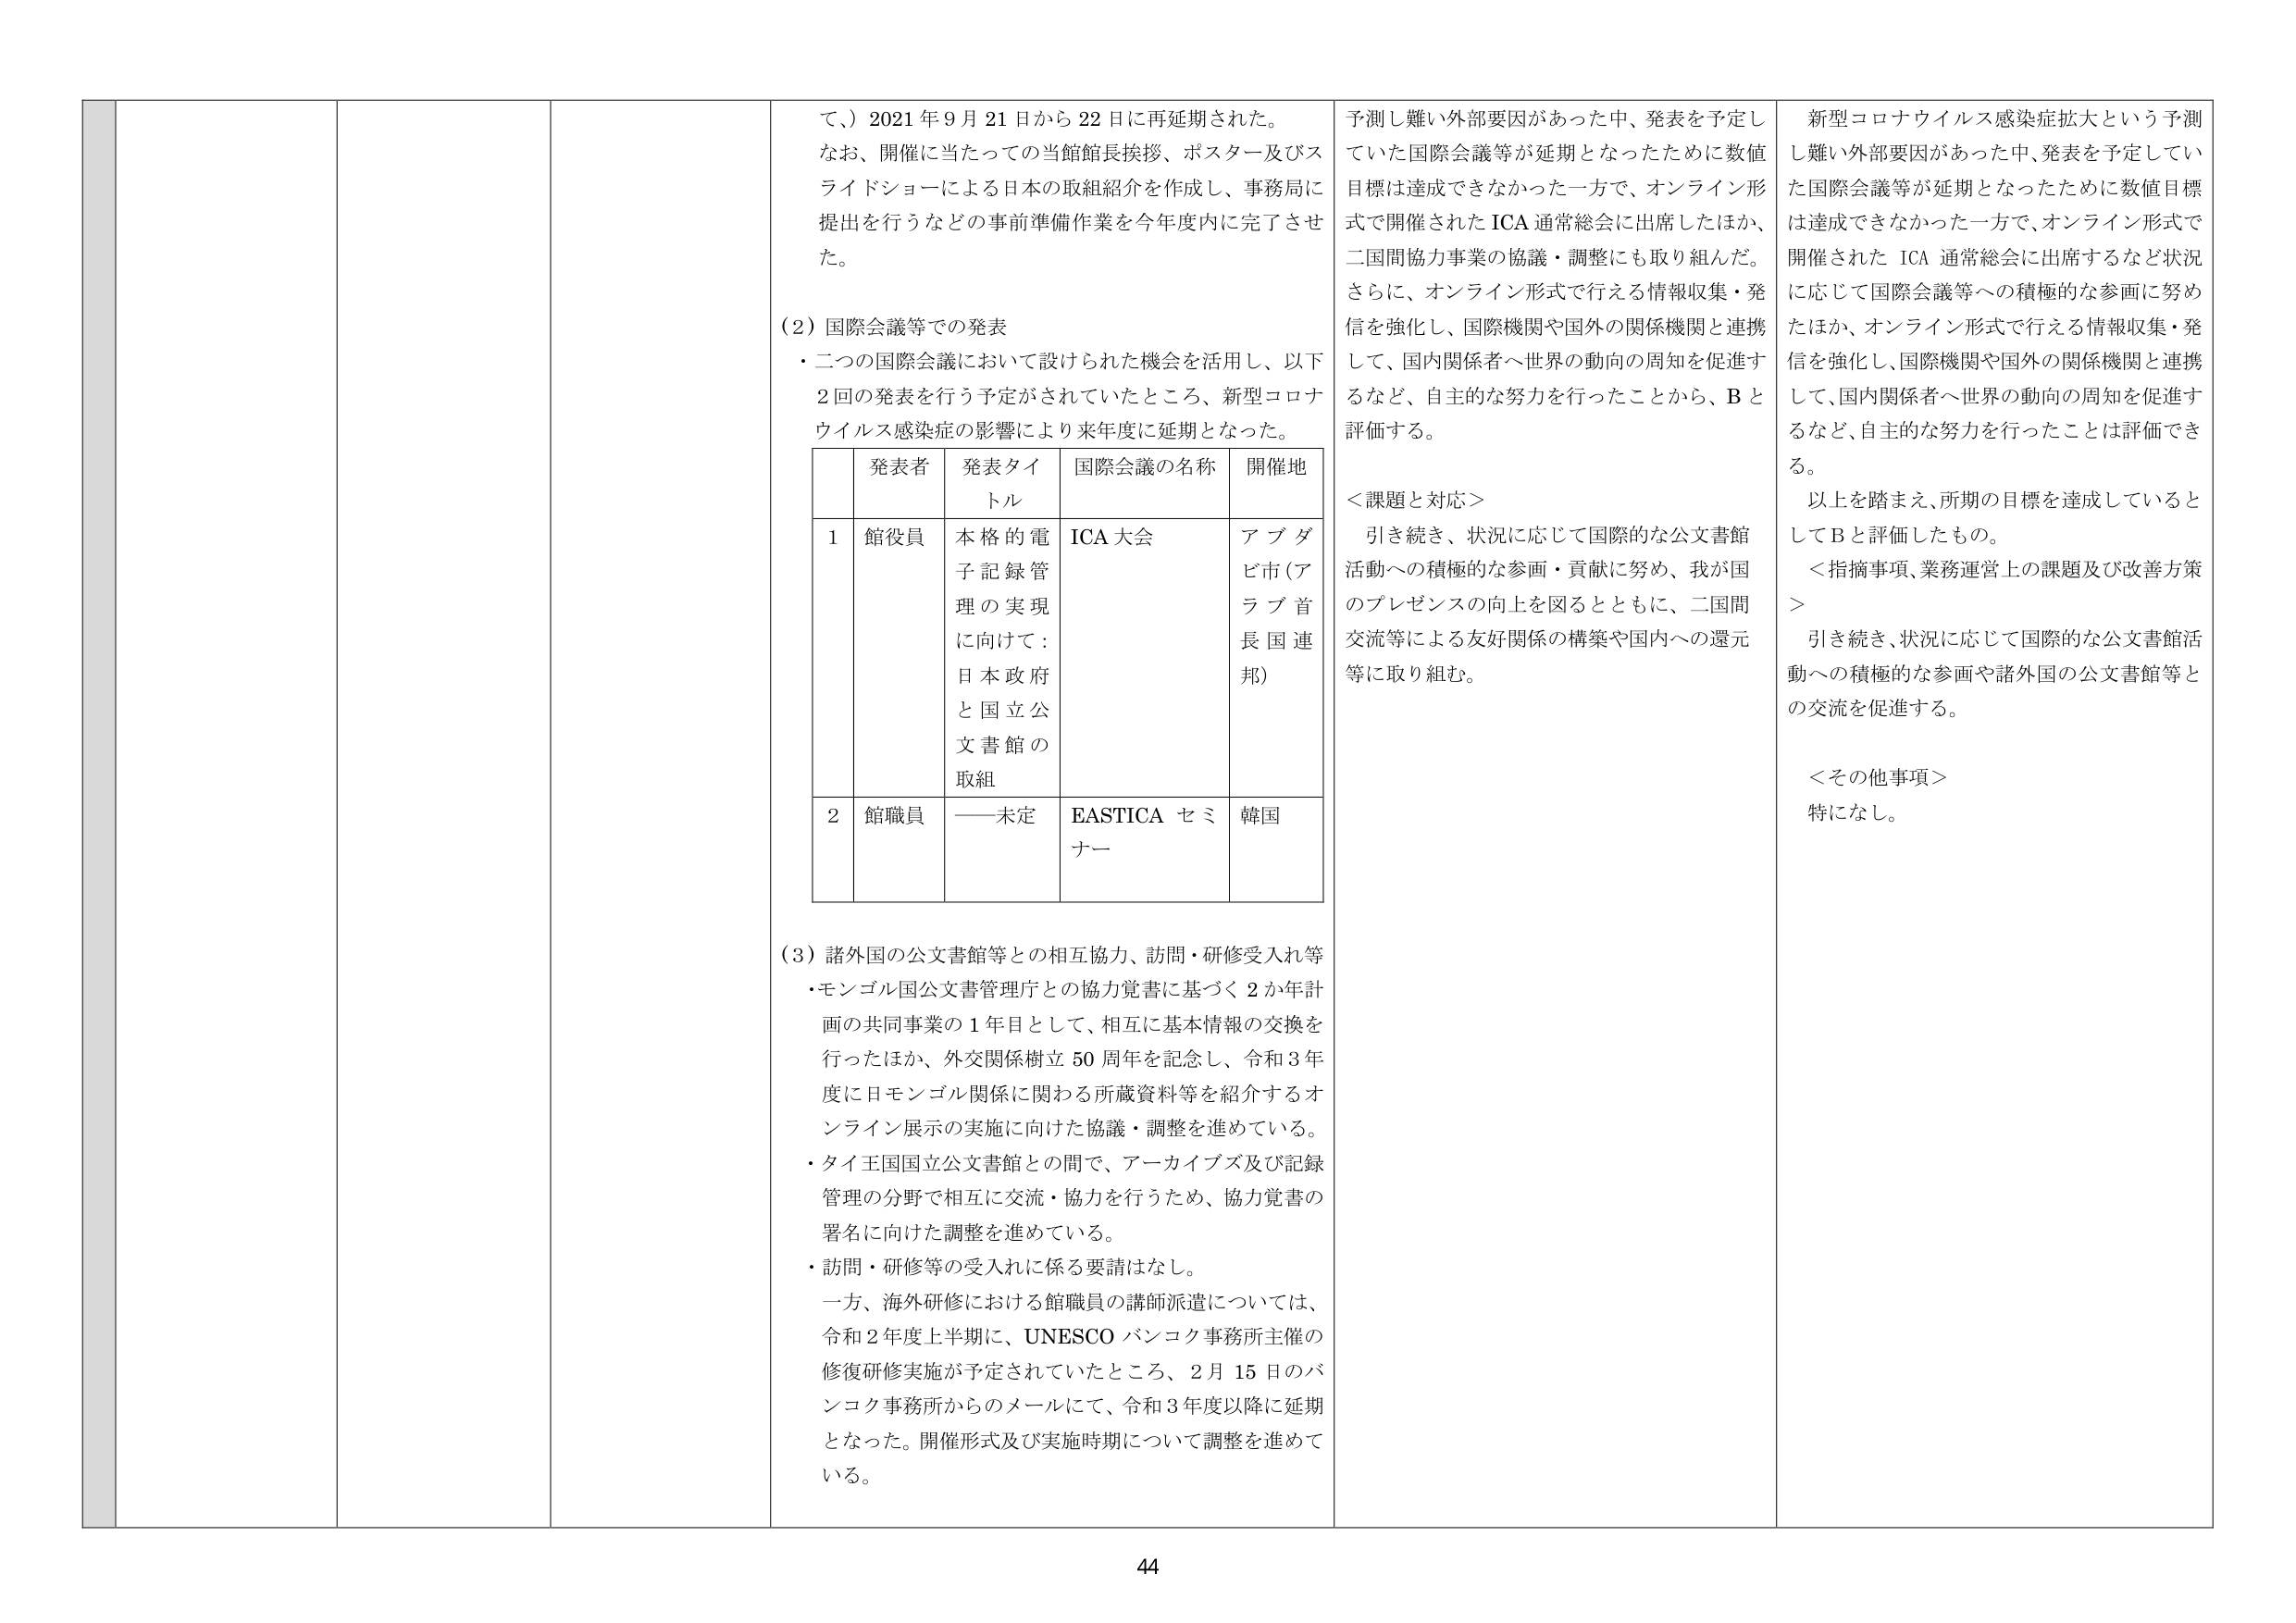
て、）2021年9月21日から22日に再延期された。
なお、開催に当たっての当館館長挨拶、ポスター及びスライドショーによる日本の取組紹介を作成し、事務局に提出を行うなどの事前準備作業を今年度内に完了させた。

（2）国際会議等での発表
・二つの国際会議において設けられた機会を活用し、以下2回の発表を行う予定がされていたところ、新型コロナウイルス感染症の影響により来年度に延期となった。

| | 発表者 | 発表タイトル | 国際会議の名称 | 開催地 |
|---|---|---|---|---|
| 1 | 館役員 | 本格的電子記録管理の実現に向けて：日本政府と国立公文書館の取組 | ICA大会 | アブダビ市（アラブ首長国連邦） |
| 2 | 館職員 | ――未定 | EASTICAセミナー | 韓国 |

（3）諸外国の公文書館等との相互協力、訪問・研修受入れ等
・モンゴル国公文書管理庁との協力覚書に基づく2か年計画の共同事業の1年目として、相互に基本情報の交換を行ったほか、外交関係樹立50周年を記念し、令和3年度に日モンゴル関係に関する所蔵資料等を紹介するオンライン展示の実施に向けた協議・調整を進めている。
・タイ王国国立公文書館との間で、アーカイブズ及び記録管理の分野で相互に交流・協力を行うため、協力覚書の署名に向けた調整を進めている。
・訪問・研修等の受入れに係る要請はなし。
一方、海外研修における館職員の講師派遣については、令和2年度上半期に、UNESCOバンコク事務所主催の修復研修実施が予定されていたところ、2月15日のバンコク事務所からのメールにて、令和3年度以降に延期となった。開催形式及び実施時期について調整を進めている。

予測し難い外部要因があった中、発表を予定していた国際会議等が延期となったために数値目標は達成できなかった一方で、オンライン形式で開催されたICA通常総会に出席したほか、二国間協力事業の協議・調整にも取り組んだ。
さらに、オンライン形式で行える情報収集・発信を強化し、国際機関や国外の関係機関と連携して、国内関係者へ世界の動向の周知を促進するなど、自主的な努力を行ったことから、Bと評価する。

＜課題と対応＞
引き続き、状況に応じて国際的な公文書館活動への積極的な参画・貢献に努め、我が国のプレゼンスの向上を図るとともに、二国間交流等による友好関係の構築や国内への還元等に取り組む。

新型コロナウイルス感染症拡大という予測し難い外部要因があった中、発表を予定していた国際会議等が延期となったために数値目標は達成できなかった一方で、オンライン形式で開催されたICA通常総会に出席するなど状況に応じて国際会議等への積極的な参画に努めたほか、オンライン形式で行える情報収集・発信を強化し、国際機関や国外の関係機関と連携して、国内関係者へ世界の動向の周知を促進するなど、自主的な努力を行ったことは評価できる。
以上を踏まえ、所期の目標を達成しているとしてBと評価したもの。

＜指摘事項、業務運営上の課題及び改善方策＞
引き続き、状況に応じて国際的な公文書館活動への積極的な参画や諸外国の公文書館等との交流を促進する。

＜その他事項＞
特になし。

44